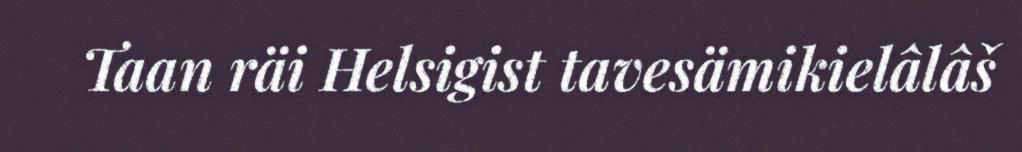
Taan räi Helsigist tavesämikielâlâš